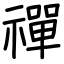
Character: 禪